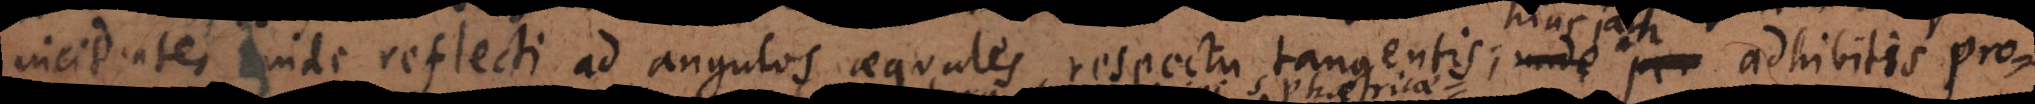
incidentes inde reflecti ad angulos aequales respectu tangentis; hinc jam adhibitis